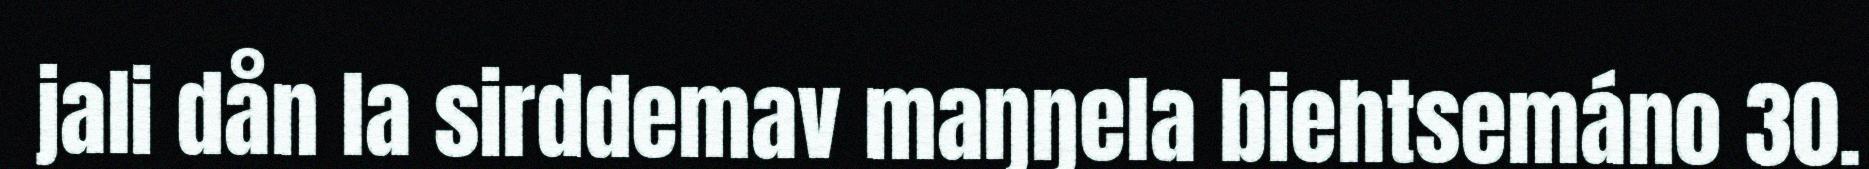
jali dån la sirddemav maŋŋela biehtsemáno 30.